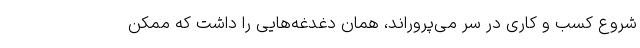
شروع کسب و کاری در سر می‌پروراند، همان دغدغه‌هایی را داشت که ممکن